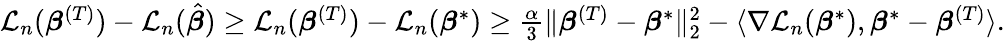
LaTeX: \begin{array}{r}{{\mathcal L}_{n}({\boldsymbol{\beta}}^{(T)})-{\mathcal L}_{n}(\hat{\boldsymbol{\beta}})\geq{\mathcal L}_{n}({\boldsymbol{\beta}}^{(T)})-{\mathcal L}_{n}({\boldsymbol{\beta}}^{*})\geq\frac{\alpha}{3}\| {\boldsymbol{\beta}}^{(T)}-{\boldsymbol{\beta}}^{*}\| _{2}^{2}-\langle\nabla{\mathcal L}_{n}({\boldsymbol{\beta}}^{*}),{\boldsymbol{\beta}}^{*}-{\boldsymbol{\beta}}^{(T)}\rangle.}\end{array}